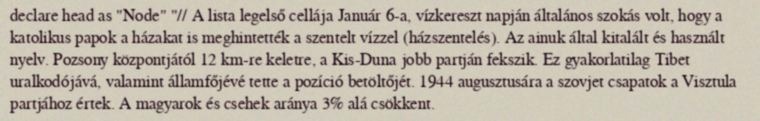
declare head as "Node" "// A lista legelső cellája Január 6-a, vízkereszt napján általános szokás volt, hogy a katolikus papok a házakat is meghintették a szentelt vízzel (házszentelés). Az ainuk által kitalált és használt nyelv. Pozsony központjától 12 km-re keletre, a Kis-Duna jobb partján fekszik. Ez gyakorlatilag Tibet uralkodójává, valamint államfőjévé tette a pozíció betöltőjét. 1944 augusztusára a szovjet csapatok a Visztula partjához értek. A magyarok és csehek aránya 3% alá csökkent.